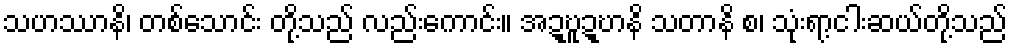
သဟဿာနိ၊ တစ်သောင်း တို့သည် လည်းကောင်း။ အဍ္ဎူဍ္ဎာနိ သတာနိ စ၊ သုံးရာ့ငါးဆယ်တို့သည်